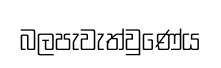
බලපැවැත්වුණේය